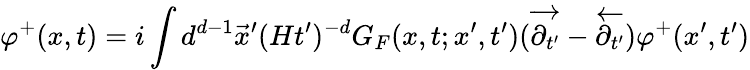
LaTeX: \varphi^{+}(x,t)=i\int d^{d-1}\vec{x}^{\prime}(Ht^{\prime})^{-d}G_{F}(x,t;x^{\prime},t^{\prime})(\overrightarrow{\partial_{t^{\prime}}}-\overleftarrow{\partial_{t^{\prime}}})\varphi^{+}(x^{\prime},t^{\prime})